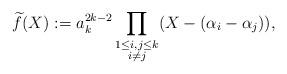
LaTeX: \begin{align*}\widetilde{f}(X) := a_k^{2k - 2} \prod_{\substack{1 \leq i, j \leq k \\ i \neq j}} (X - (\alpha_i - \alpha_j)) ,\end{align*}